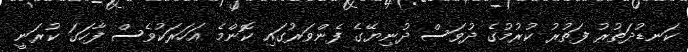
ކަނޑުދަތުރު ފަތުރު ކުރުމުގެ ދުވަސް ދުނިޔޭގެ ފެންވަރުގައި ކޮންމެ އަހަރަކުވެސް ފާހަގަ ކުރަނީ